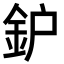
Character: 鈩